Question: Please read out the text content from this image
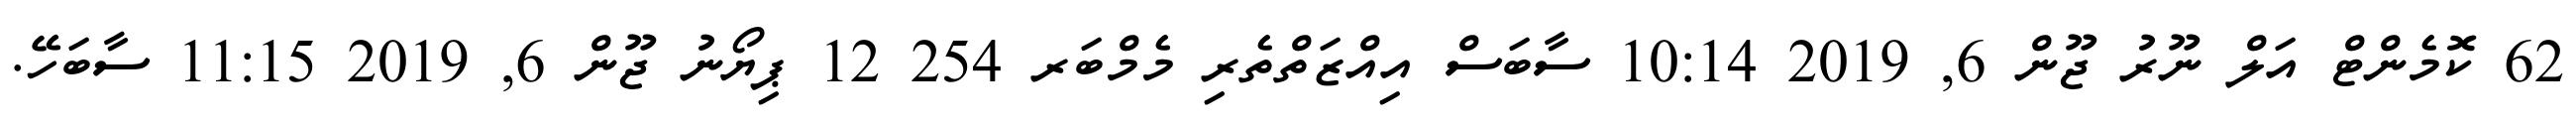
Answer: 62 ކޮމެންޓް އަލް ނޫރު ޖޫން 6, 2019 10:14 ސާބަސް އިއްޒަތްތެރި މެމްބަރ 254 12 ޕިޔޯނު ޖޫން 6, 2019 11:15 ސާބަހޭ.